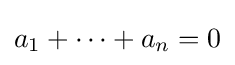
a_{1}+\cdots +a_{n}=0